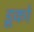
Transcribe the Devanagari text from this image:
डूको